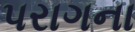
પરાગના